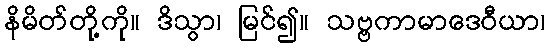
နိမိတ်တို့ကို။ ဒိသွာ၊ မြင်၍။ သဗ္ဗကာမာဒေဝီယာ၊